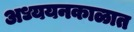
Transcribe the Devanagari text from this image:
अध्ययनकाळात